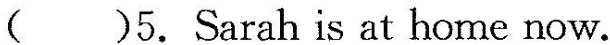
( )5.Sarah is at home now.